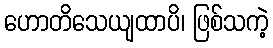
ဟောတိသေယျထာပိ၊ ဖြစ်သကဲ့